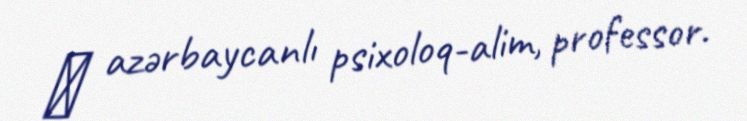
― azərbaycanlı psixoloq-alim, professor.